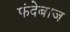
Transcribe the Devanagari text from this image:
फंदेबाज